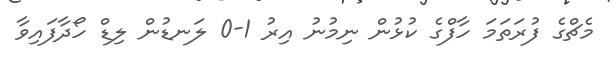
މެޗްގެ ފުރަތަމަ ހާފްގެ ކުޅުން ނިމުނު އިރު 1-0 ލަނޑުން ލިޑް ހޯދާފައިވާ